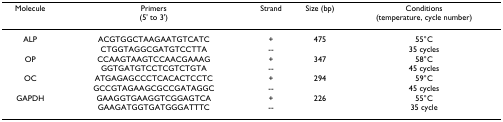
<table><thead><tr><td><b>Molecule</b></td><td><b>Primers(5&#x27; to 3&#x27;)</b></td><td><b>Strand</b></td><td><b>Size (bp)</b></td><td><b>Conditions(temperature, cycle number)</b></td></tr></thead><tbody><tr><td>ALP</td><td>ACGTGGCTAAGAATGTCATCCTGGTAGGCGATGTCCTTA</td><td>+--</td><td>475</td><td>55°C35 cycles</td></tr><tr><td>OP</td><td>CCAAGTAAGTCCAACGAAAGGGTGATGTCCTCGTCTGTA</td><td>+--</td><td>347</td><td>58°C45 cycles</td></tr><tr><td>OC</td><td>ATGAGAGCCCTCACACTCCTCGCCGTAGAAGCGCCGATAGGC</td><td>+--</td><td>294</td><td>59°C45 cycles</td></tr><tr><td>GAPDH</td><td>GAAGGTGAAGGTCGGAGTCAGAAGATGGTGATGGGATTTC</td><td>+--</td><td>226</td><td>55°C35 cycle</td></tr></tbody></table>